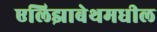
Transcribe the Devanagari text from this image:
एलिझाबेथमधील